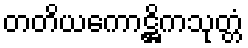
တတိယကောဋ္ဌိကသုတ္တံ